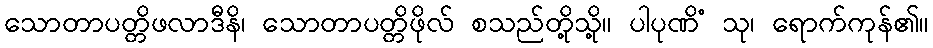
သောတာပတ္တိဖလာဒီနိ၊ သောတာပတ္တိဖိုလ် စသည်တို့သို့။ ပါပုဏိံ သု၊ ရောက်ကုန်၏။